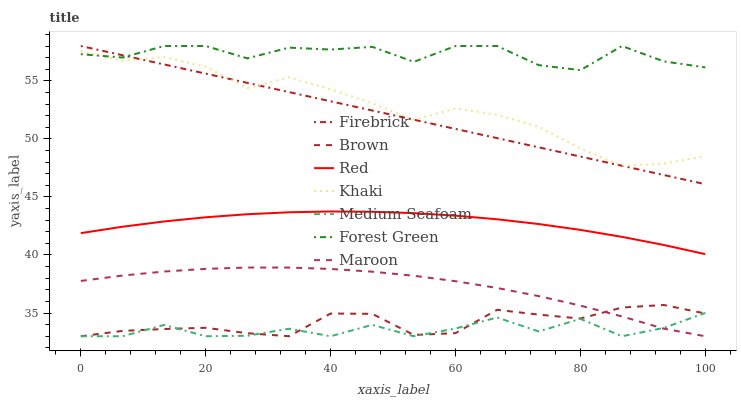
| xaxis_label | Firebrick | Brown | Red | Khaki | Medium Seafoam | Forest Green | Maroon |
 | --- | --- | --- | --- | --- | --- | --- | --- |
 | 0 | 58 | 33 | 41.9 | 57.6 | 33 | 57.3 | 37.8 |
 | 6.67 | 57.2 | 33.5 | 42.4 | 56.7 | 33 | 57 | 38.2 |
 | 13.3 | 56.4 | 33.6 | 42.9 | 57 | 34 | 58 | 38.6 |
 | 20 | 55.6 | 33.7 | 43.2 | 56.2 | 33 | 58 | 38.8 |
 | 26.7 | 54.8 | 33.3 | 43.5 | 54.4 | 33 | 56.9 | 38.9 |
 | 33.3 | 54 | 33 | 43.7 | 55.3 | 33.6 | 57.9 | 38.9 |
 | 40 | 53.2 | 35 | 43.7 | 54.3 | 33 | 57.7 | 38.8 |
 | 46.7 | 52.4 | 34.9 | 43.7 | 53.1 | 34 | 57.9 | 38.6 |
 | 53.3 | 51.7 | 33.1 | 43.6 | 51.6 | 33 | 56.6 | 38.2 |
 | 60 | 50.9 | 33.3 | 43.4 | 52.6 | 33.7 | 58 | 37.7 |
 | 66.7 | 50.1 | 35.3 | 43.1 | 52.1 | 34.6 | 58 | 37.2 |
 | 73.3 | 49.3 | 34.9 | 42.7 | 51 | 33.4 | 56.4 | 36.5 |
 | 80 | 48.5 | 34.5 | 42.2 | 49.2 | 34.5 | 55.9 | 35.6 |
 | 86.7 | 47.7 | 35.5 | 41.6 | 47.7 | 33 | 58 | 34.7 |
 | 93.3 | 46.9 | 35.7 | 40.9 | 47.9 | 33.7 | 56.7 | 33.7 |
 | 100 | 46.1 | 35 | 40.1 | 48.5 | 35 | 56.2 | 33 |